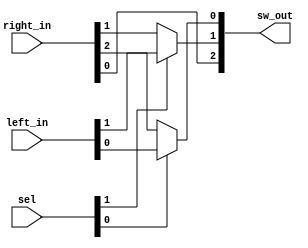
module qsn_merge_len3 (
	output wire [2:0] sw_out,

	input wire [1:0] left_in,
	input wire [2:0] right_in,
	input wire [1:0] sel
);

	assign sw_out[0] = (sel[0] == 1'b0) ? right_in[2] : left_in[0];
	assign sw_out[1] = (sel[1] == 1'b0) ? right_in[1] : left_in[1];
	assign sw_out[2] = right_in[0];
endmodule